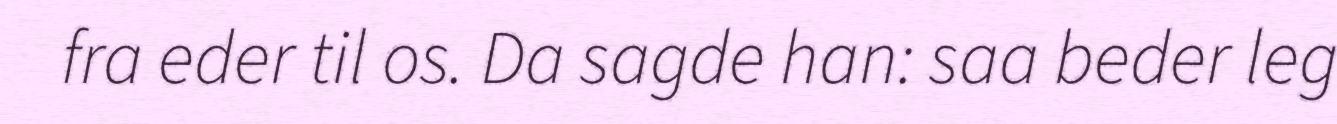
fra eder til os. Da sagde han: saa beder leg